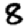
Digit: 8